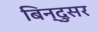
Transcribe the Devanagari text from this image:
बिन्दुसर